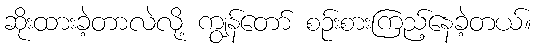
ဆိုးထားခဲ့တာလဲလို့ ကျွန်တော် စဉ်းစားကြည့်နေခဲ့တယ်။